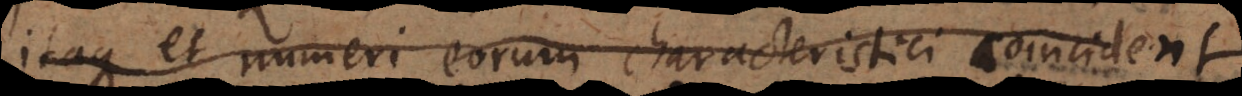
Itaque et numeri eorum characteristici coincident